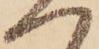
つ